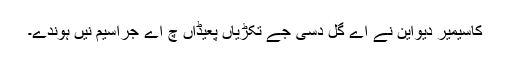
کاسیمیر دیواين نے اے گل دسی جے تکڑیاں پعیڈاں چ اے جراسیم نیں ہوندے۔